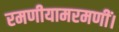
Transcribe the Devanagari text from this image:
रमणीयामरमणीं।